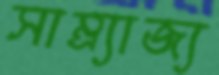
সাম্র্যাজ্য